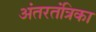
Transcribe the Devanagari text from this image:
अंतरतंत्रिका